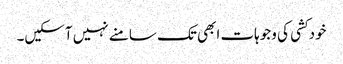
خودکشی کی وجوہات ابھی تک سامنے نہیں آسکیں۔